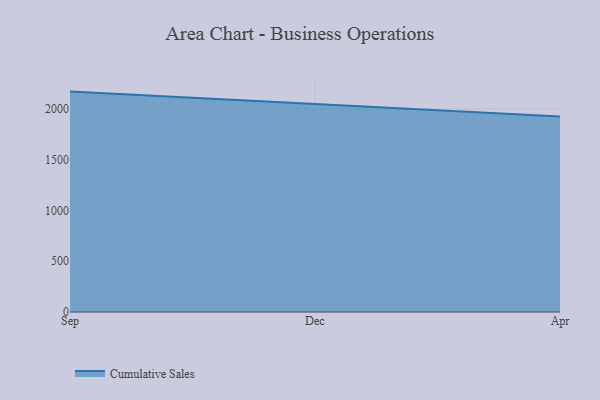
{"axis": {"x": "Month", "y": "Tickets Resolved"}, "legend": ["Cumulative Sales"], "data": [{"x": "Sep", "y": 2169.2, "type": "Cumulative Sales"}, {"x": "Dec", "y": 2045.4, "type": "Cumulative Sales"}, {"x": "Apr", "y": 1924.2, "type": "Cumulative Sales"}]}